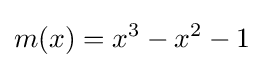
m(x)=x^{3}-x^{2}-1